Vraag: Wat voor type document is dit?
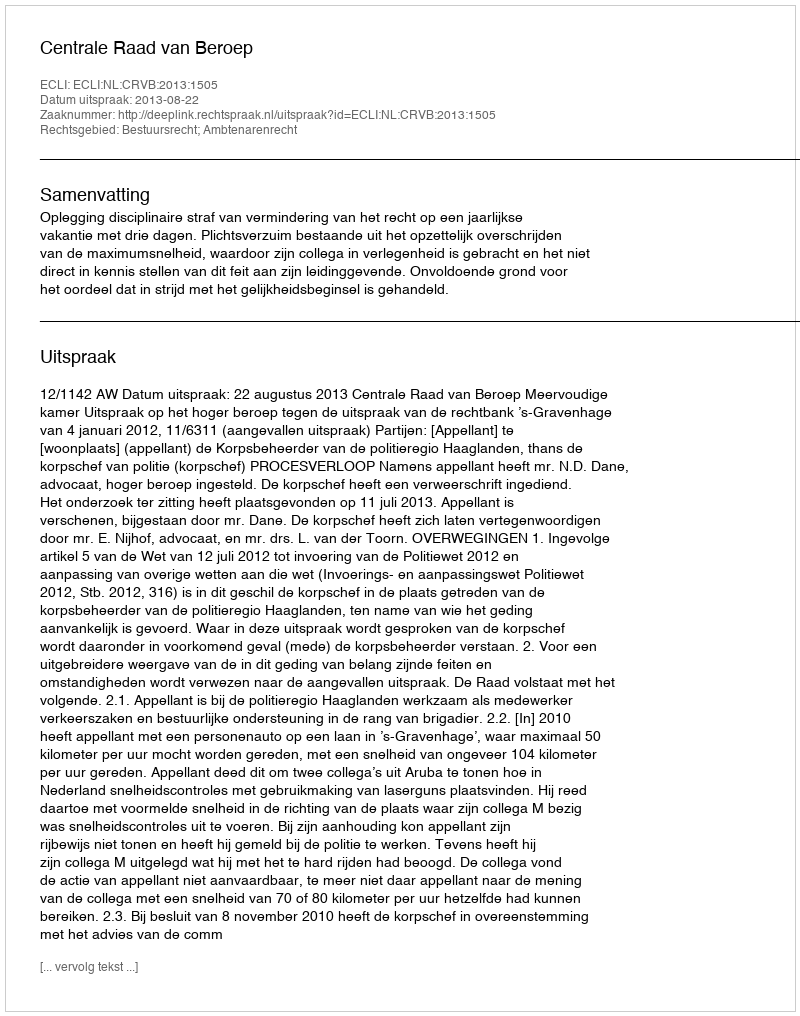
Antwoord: Uitspraak